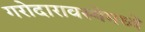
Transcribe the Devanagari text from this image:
गरोदारावस्थेमध्ये